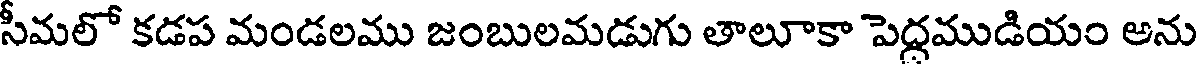
సీమలో కడప మండలము జంబులమడుగు తాలూకా పెద్దముడియం అను